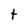
Character: t